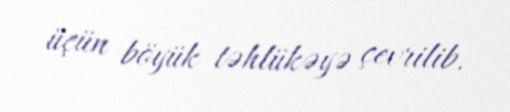
üçün böyük təhlükəyə çevrilib.